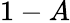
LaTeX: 1-A